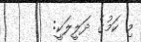
މި ކަމުގެ ދަލީލަކީ: